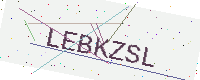
Text: LEBKZSL